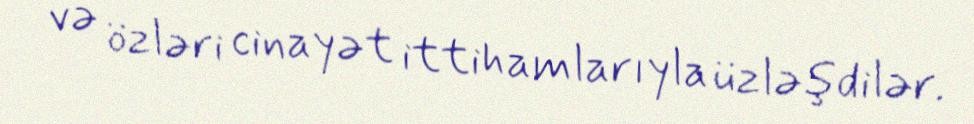
və özləri cinayət ittihamlarıyla üzləşdilər.